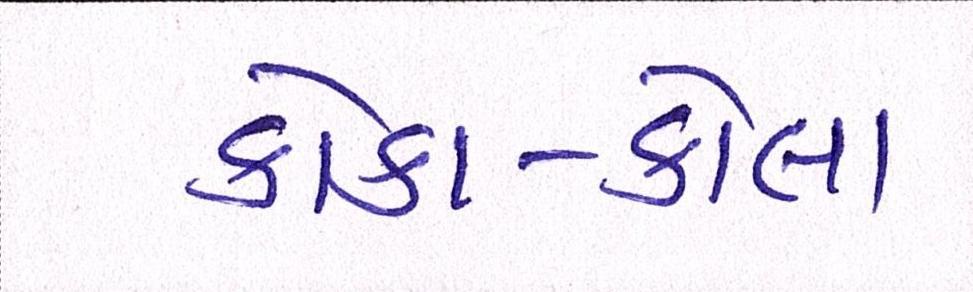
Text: કોકા-કોલા